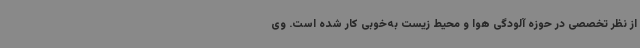
از نظر تخصصی در حوزه آلودگی هوا و محیط زیست به‌خوبی کار شده است. وی